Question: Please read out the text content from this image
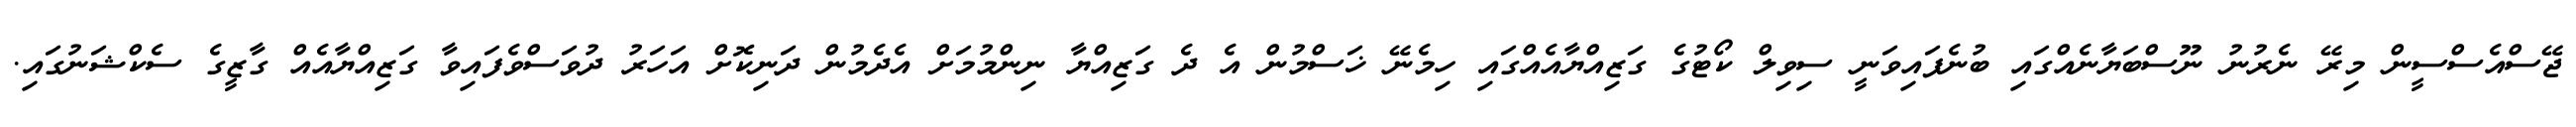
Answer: ޖޭސްއެސްސީން މިރޭ ނެރުނު ނޫސްބަޔާނެއްގައި ބުނެފައިވަނީ ސިވިލް ކޯޓުގެ ގަޒިއްޔާއެއްގައި ހިމެނޭ ޚަސްމުން އެ ދެ ގަޒިއްޔާ ނިންމުމަށް އެދެމުން ދަނިކޮށް އަހަރު ދުވަސްވެފައިވާ ގަޒިއްޔާއެއް ގާޒީގެ ސެކްޝަނުގައި.